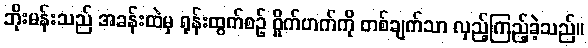
ဘိုးမန်းသည် အခန်းထဲမှ ရုန်းထွက်စဉ် ဝှိုက်ဟက်ကို တစ်ချက်သာ လှည့်ကြည့်ခဲ့သည်။